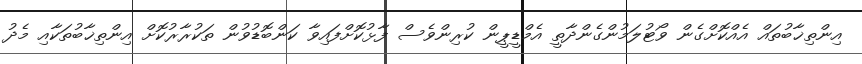
އިންތިޚާބުތައް އެއްކޮށްގެން ވޯޓުލަމުންގެންދާތީ އެމްޑީޕީން ކުރިންވެސް ފާޅުކޮށްފައިވާ ކަންބޮޑުވުން ތަކުރާރުކޮށް އިންތިޚާބުތަކާއި މެދު